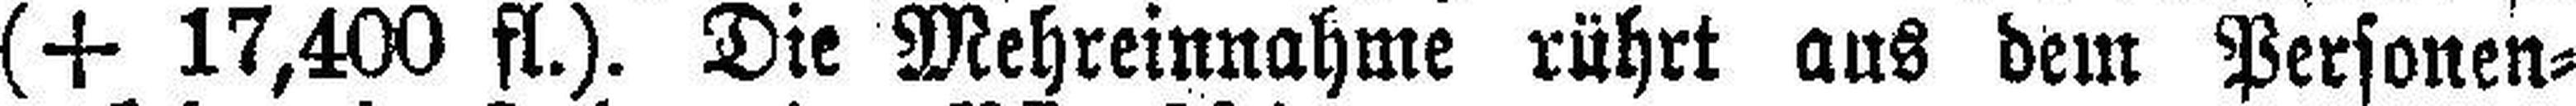
(+ 17,400 fl.). Die Mehreinnahme rührt aus dem Personen¬